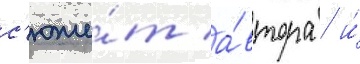
с'юже́т а́втора / и́